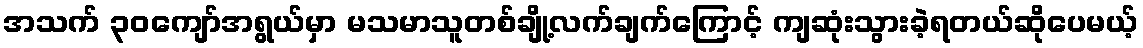
အသက် ၃၀ကျော်အရွယ်မှာ မသမာသူတစ်ချို့လက်ချက်ကြောင့် ကျဆုံးသွားခဲ့ရတယ်ဆိုပေမယ့်